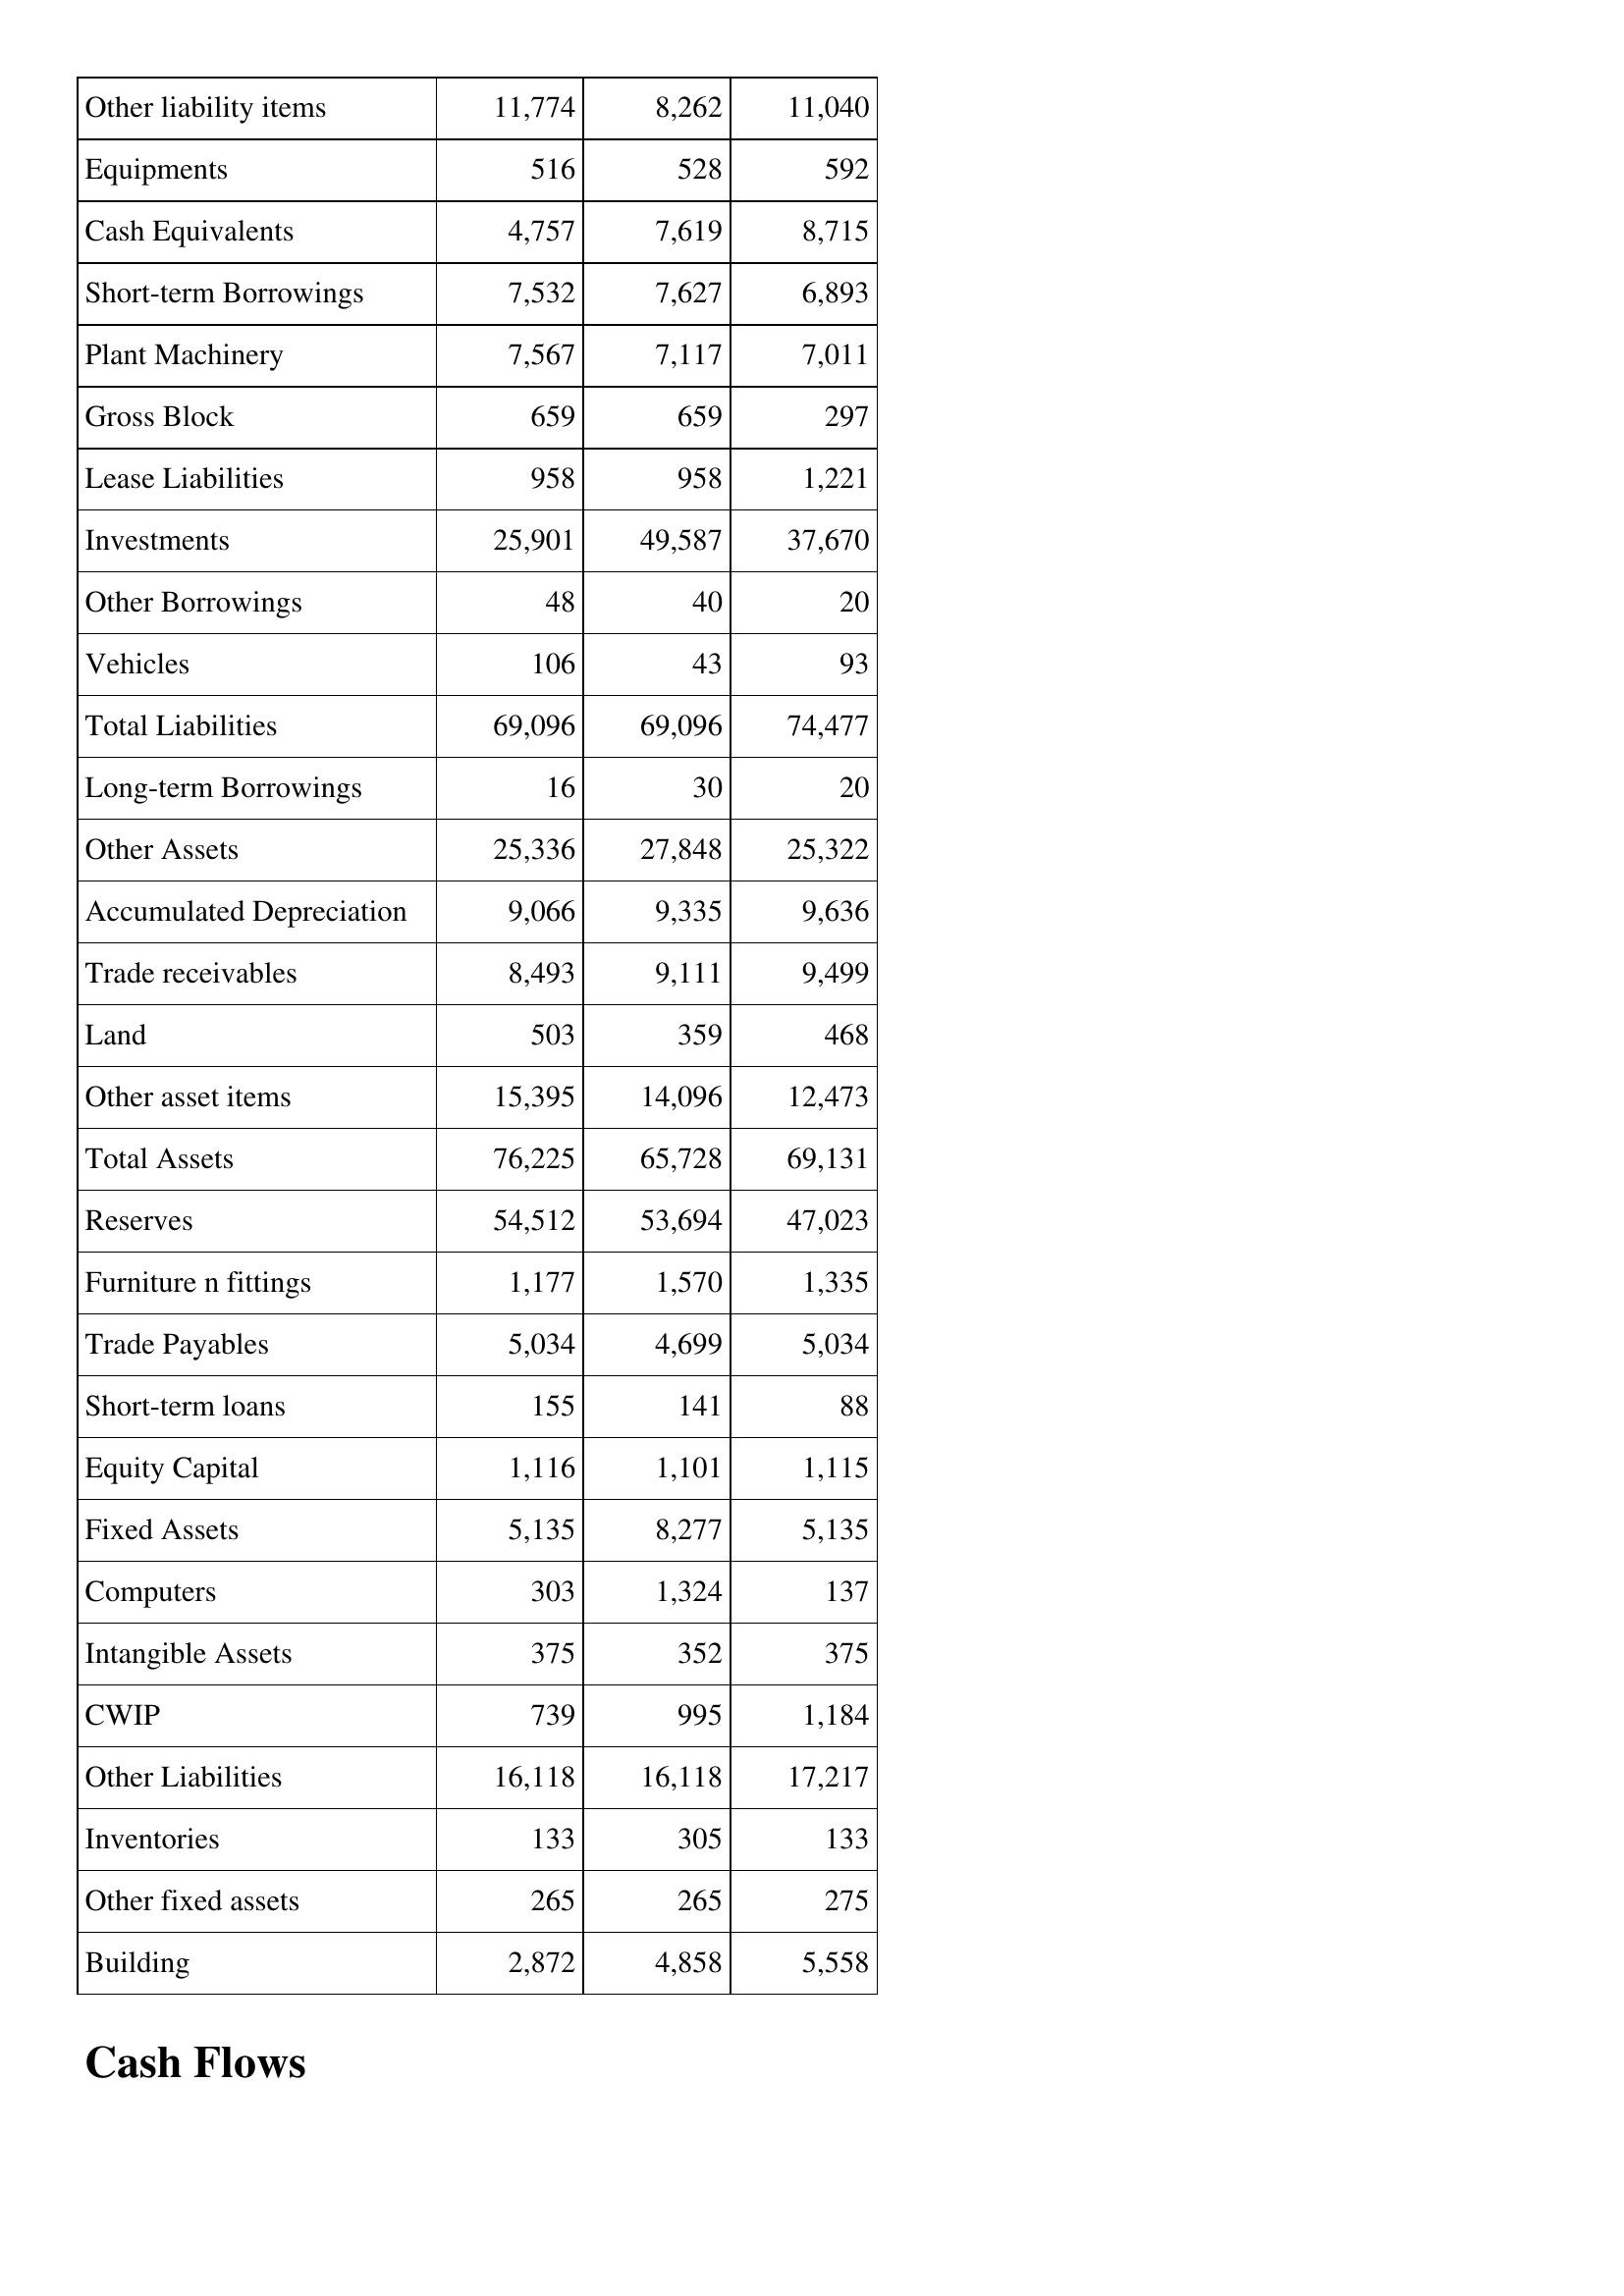
May-94: Balance Sheet: Other liability items: 11,774
Equipments: 516
Cash Equivalents: 4,757
Short-term Borrowings: 7,532
Plant Machinery: 7,567
Gross Block: 659
Lease Liabilities: 958
Investments: 25,901
Other Borrowings: 48
Vehicles: 106
Total Liabilities: 69,096
Long-term Borrowings: 16
Other Assets: 25,336
Accumulated Depreciation: 9,066
Trade receivables: 8,493
Land: 503
Other asset items: 15,395
Total Assets: 76,225
Reserves: 54,512
Furniture n fittings: 1,177
Trade Payables: 5,034
Short-term loans: 155
Equity Capital: 1,116
Fixed Assets: 5,135
Computers: 303
Intangible Assets: 375
CWIP: 739
Other Liabilities: 16,118
Inventories: 133
Other fixed assets: 265
Building: 2,872
May-93: Balance Sheet: Other liability items: 8,262
Equipments: 528
Cash Equivalents: 7,619
Short-term Borrowings: 7,627
Plant Machinery: 7,117
Gross Block: 659
Lease Liabilities: 958
Investments: 49,587
Other Borrowings: 40
Vehicles: 43
Total Liabilities: 69,096
Long-term Borrowings: 30
Other Assets: 27,848
Accumulated Depreciation: 9,335
Trade receivables: 9,111
Land: 359
Other asset items: 14,096
Total Assets: 65,728
Reserves: 53,694
Furniture n fittings: 1,570
Trade Payables: 4,699
Short-term loans: 141
Equity Capital: 1,101
Fixed Assets: 8,277
Computers: 1,324
Intangible Assets: 352
CWIP: 995
Other Liabilities: 16,118
Inventories: 305
Other fixed assets: 265
Building: 4,858
May-92: Balance Sheet: Other liability items: 11,040
Equipments: 592
Cash Equivalents: 8,715
Short-term Borrowings: 6,893
Plant Machinery: 7,011
Gross Block: 297
Lease Liabilities: 1,221
Investments: 37,670
Other Borrowings: 20
Vehicles: 93
Total Liabilities: 74,477
Long-term Borrowings: 20
Other Assets: 25,322
Accumulated Depreciation: 9,636
Trade receivables: 9,499
Land: 468
Other asset items: 12,473
Total Assets: 69,131
Reserves: 47,023
Furniture n fittings: 1,335
Trade Payables: 5,034
Short-term loans: 88
Equity Capital: 1,115
Fixed Assets: 5,135
Computers: 137
Intangible Assets: 375
CWIP: 1,184
Other Liabilities: 17,217
Inventories: 133
Other fixed assets: 275
Building: 5,558